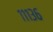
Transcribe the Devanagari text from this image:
१११३६